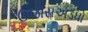
ઉજાસઅડધો